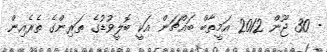
- 30 ޖޫން 2012 އަމީތާބް ބައްޗަން އަކީ ބޮލީވުޑުގެ ތަރިންގެ ތެރެއިން